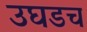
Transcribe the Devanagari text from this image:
उघडच